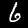
Digit: 6